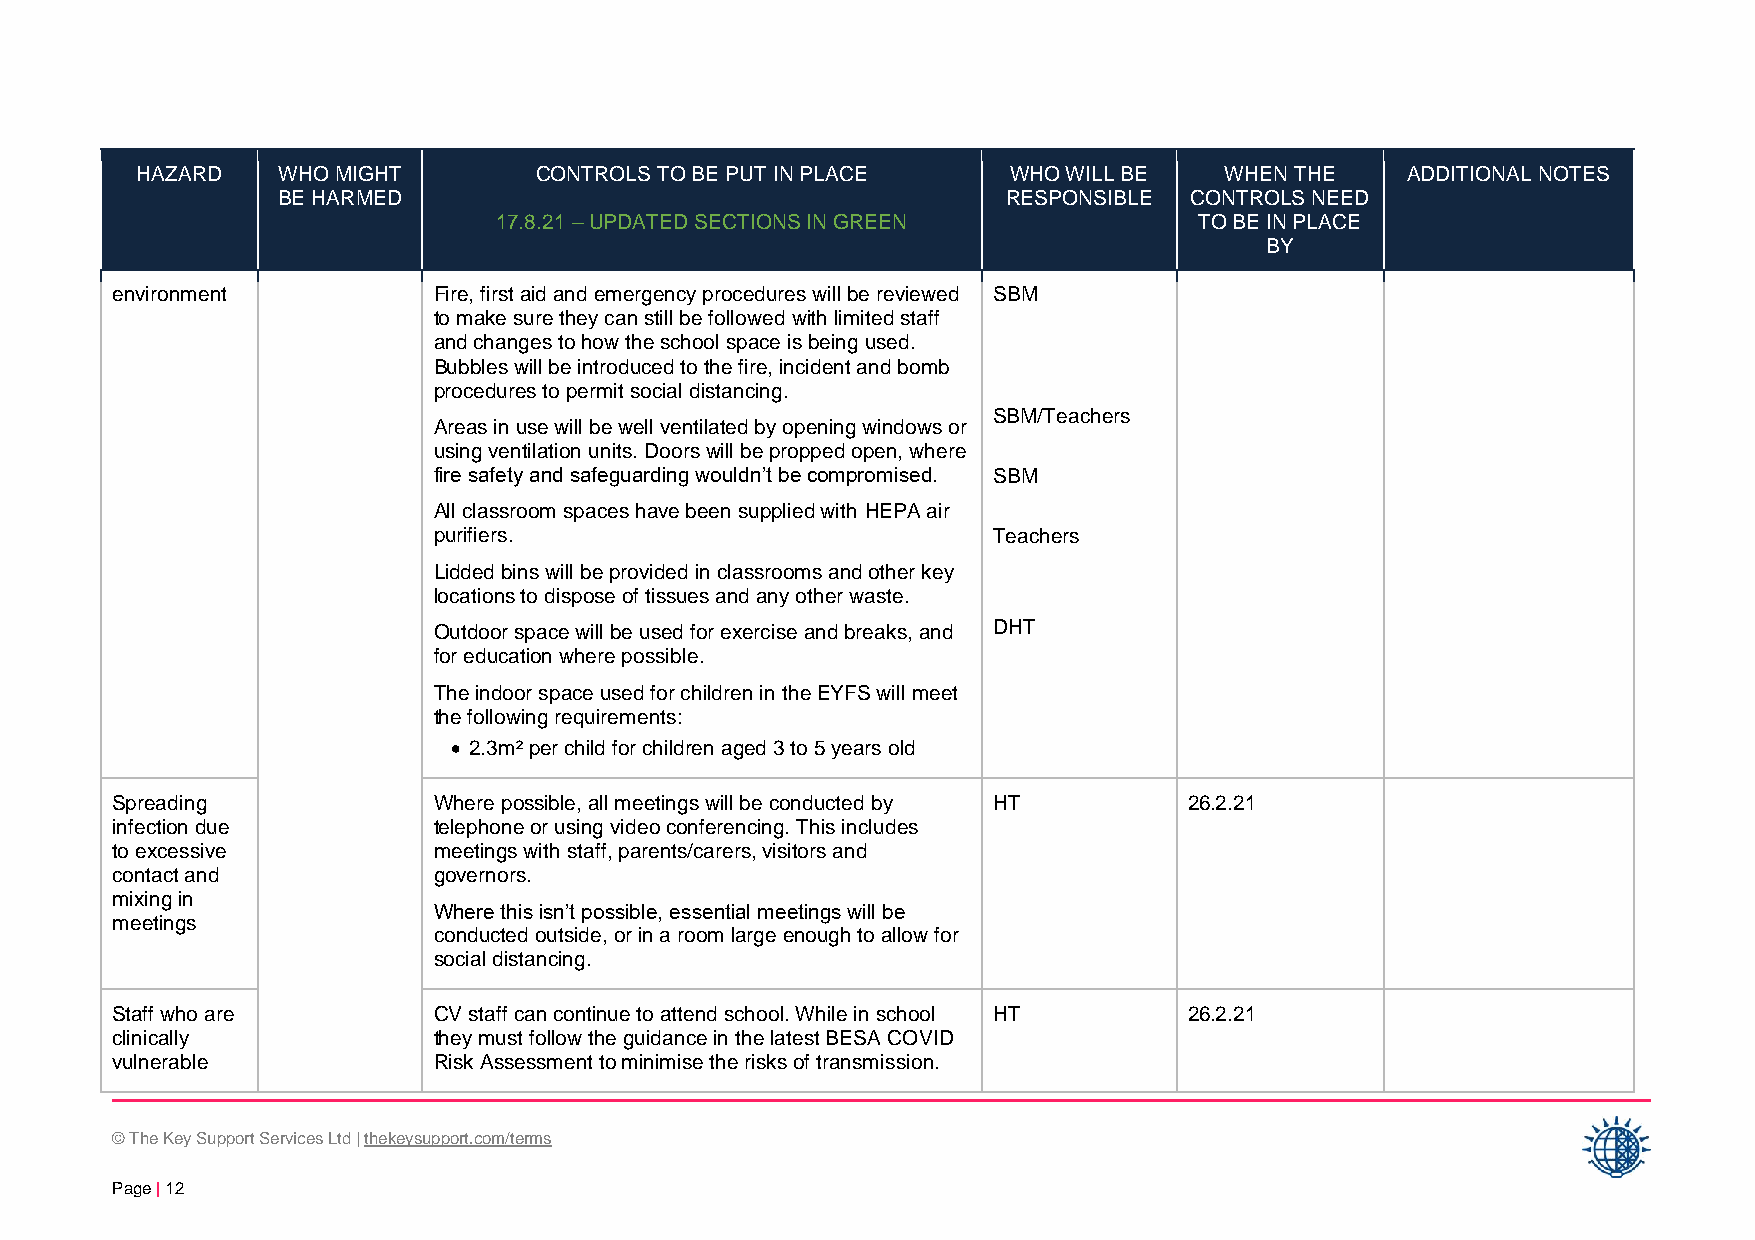
HAZARD   WHO MIGHT        CONTROLS TO BE PUT IN PLACE     WHO WILL BE   WHEN THE    ADDITIONAL NOTES
 BE HARMED                                        RESPONSIBLE CONTROLS NEED
 17.8.21 – UPDATED SECTIONS IN GREEN           TO BE IN PLACE
 BY
 environment           Fire, first aid and emergency procedures will be reviewed SBM
 to make sure they can still be followed with limited staff
 and changes to how the school space is being used.
 Bubbles will be introduced to the fire, incident and bomb
 procedures to permit social distancing.
 SBM/Teachers
 Areas in use will be well ventilated by opening windows or
 using ventilation units. Doors will be propped open, where
 fire safety and safeguarding wouldn’t be compromised. SBM
 All classroom spaces have been supplied with HEPA air
 purifiers.                           Teachers
 Lidded bins will be provided in classrooms and other key
 locations to dispose of tissues and any other waste.
 Outdoor space will be used for exercise and breaks, and DHT
 for education where possible.
 The indoor space used for children in the EYFS will meet
 the following requirements:
 • 2.3m² per child for children aged 3 to 5 years old
 Spreading             Where possible, all meetings will be conducted by HT 26.2.21
 infection due         telephone or using video conferencing. This includes
 to excessive          meetings with staff, parents/carers, visitors and
 contact and           governors.
 mixing in
 Where this isn’t possible, essential meetings will be
 meetings
 conducted outside, or in a room large enough to allow for
 social distancing.
 Staff who are         CV staff can continue to attend school. While in school HT 26.2.21
 clinically            they must follow the guidance in the latest BESA COVID
 vulnerable            Risk Assessment to minimise the risks of transmission.
 © The Key Support Services Ltd | thekeysupport.com/terms
 Page | 12